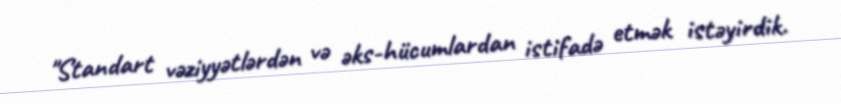
"Standart vəziyyətlərdən və əks-hücumlardan istifadə etmək istəyirdik.